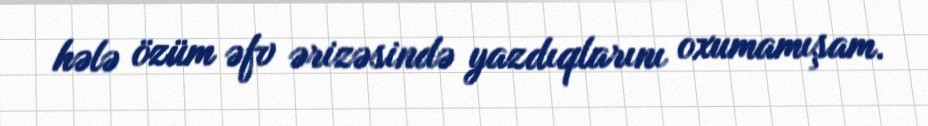
hələ özüm əfv ərizəsində yazdıqlarını oxumamışam.